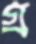
গ্র